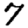
Digit: 7